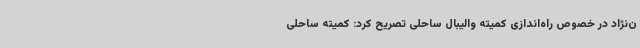
ن‌نژاد در خصوص راه‌اندازی کمیته والیبال ساحلی تصریح کرد: کمیته ساحلی